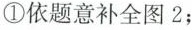
①依题意补全图2；